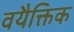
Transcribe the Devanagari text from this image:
वयैक्तिक